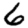
Digit: 6